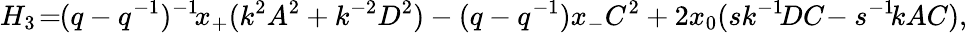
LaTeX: H_{3}\! =\! \! (q-q^{-1})^{-1}\! x_{+}(k^{2}A^{2}+k^{-2}D^{2})-(q-q^{-1})x_{-}C^{2}+2x_{0}(sk^{-1}\! DC\! -s^{-1}\! kAC),